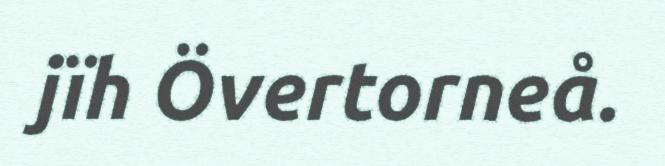
jïh Övertorneå.